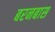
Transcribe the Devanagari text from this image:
बरनबास